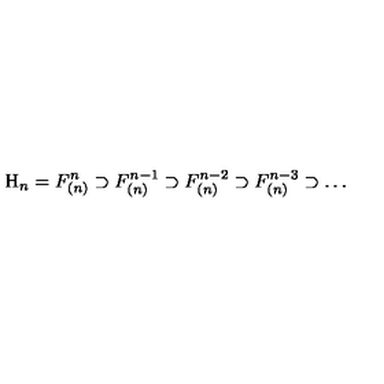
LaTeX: { \mathrm H } _ { n } = F _ { ( n ) } ^ { n } \supset F _ { ( n ) } ^ { n - 1 } \supset F _ { ( n ) } ^ { n - 2 } \supset F _ { ( n ) } ^ { n - 3 } \supset \dots